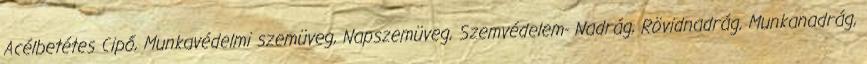
Acélbetétes Cipő, Munkavédelmi szemüveg, Napszemüveg, Szemvédelem- Nadrág, Rövidnadrág, Munkanadrág,